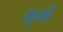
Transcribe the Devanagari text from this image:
भूमौ